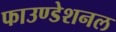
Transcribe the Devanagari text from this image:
फाउण्डेशनल